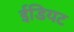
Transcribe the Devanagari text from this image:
ईडियट